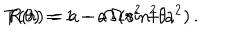
LaTeX: T ( \theta ) = 1 - a \, \Omega \, { \sin } ^ { 2 } { \theta } \, , \hspace { . 5 c m } R ( r ) = a - \Omega \, ( { r } ^ { 2 } + { a } ^ { 2 } ) \, .